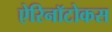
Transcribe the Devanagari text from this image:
ऐरिनॉटोकस